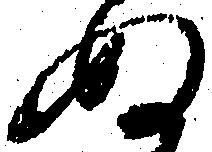
ぬ